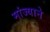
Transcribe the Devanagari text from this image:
मांज्याने